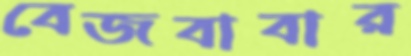
বেজবাবার